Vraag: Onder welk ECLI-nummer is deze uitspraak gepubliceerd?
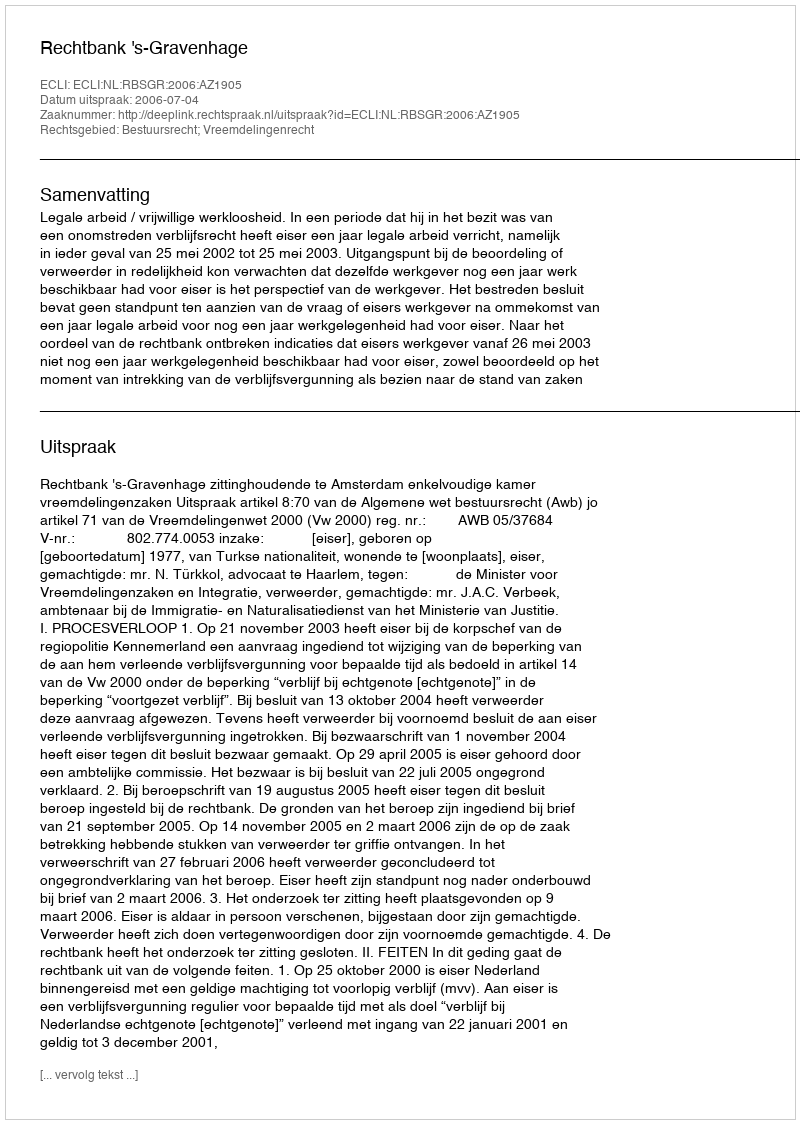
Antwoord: ECLI:NL:RBSGR:2006:AZ1905